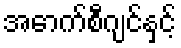
အောက်စီဂျင်နှင့်